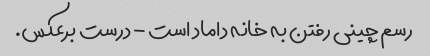
رسم چینی رفتن به خانه داماد است - درست برعکس.